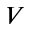
V